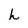
Character: h